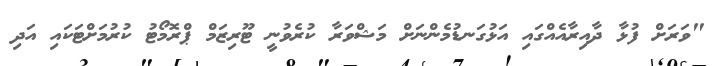
"ވަރަށް ފުޅާ ދާއިރާއެއްގައި އަޅުގަނޑުމެންނަށް މަޝްވަރާ ކުރެވުނީ ޓޫރިޒަމް ޕްރޮމޯޓު ކުރުމަށްޓަކައި އަދި